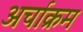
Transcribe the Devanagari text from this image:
अर्चाक्रम